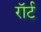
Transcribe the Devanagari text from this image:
रॉर्ट